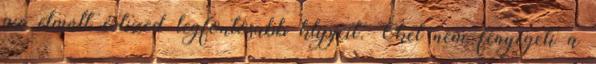
az elmúlt évtized legfontosabb klipjeit. Őket nem fenyegeti a